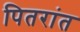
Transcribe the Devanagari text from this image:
पितरांत